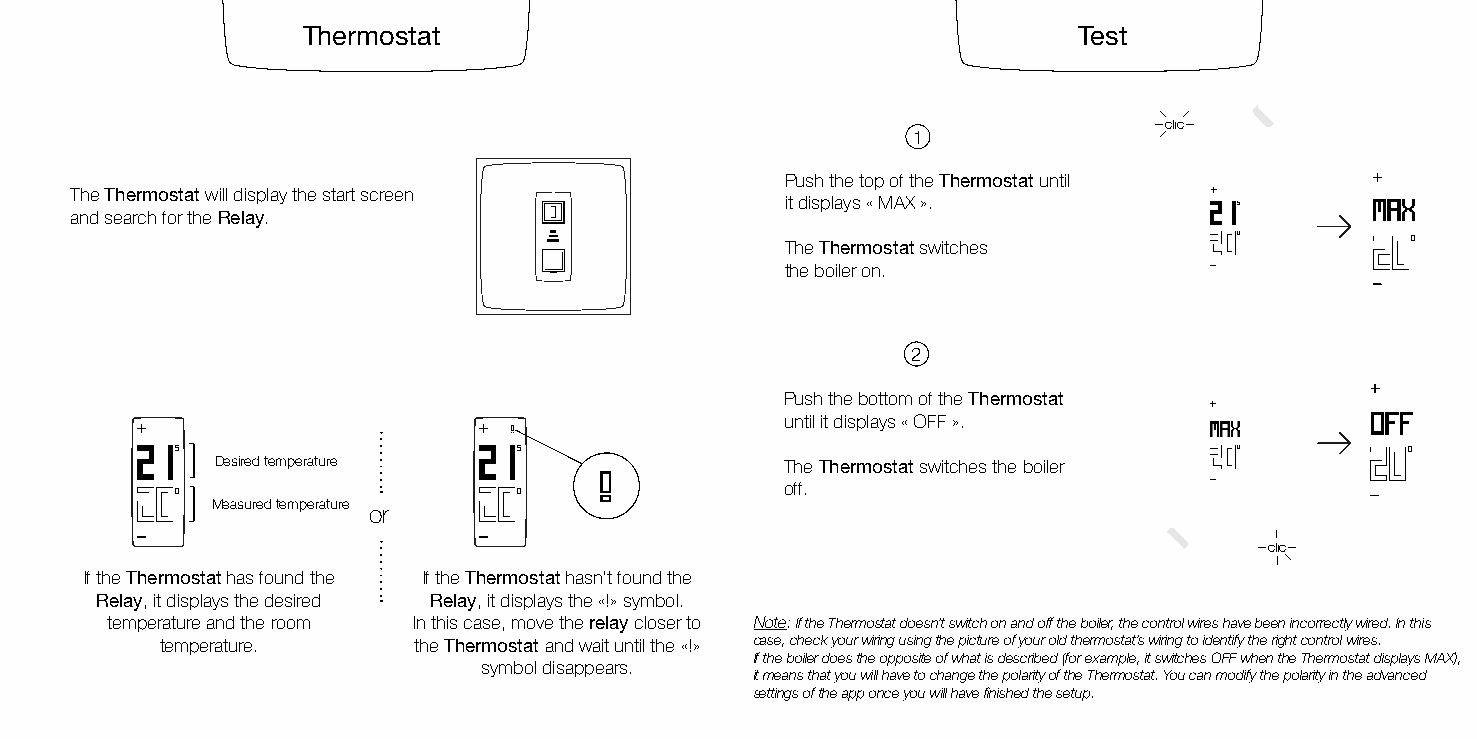
Thermostat                                         Test
 clic
 1
 Push the top of the Thermostat until   +
 The Thermostat will display the start screen                               +
 it displays « MAX ».        215
 and search for the Relay.
 200        200
 The Thermostat switches
 the boiler on.
 2
 +
 Push the bottom of the Thermostat
 +
 until it displays « OFF ».
 +                      +
 215                    215                                             200        200
 Desired temperature                   The Thermostat switches the boiler
 200                    200                 off.
 Measured temperature or
 clic
 If the Thermostat has found the If the Thermostat hasn’t found the
 Relay, it displays the desired Relay, it displays the «!» symbol.
 temperature and the room In this case, move the relay closer to Note: If the Thermostat doesn’t switch on and off the boiler, the control wires have been incorrectly wired. In this
 temperature.    the Thermostat and wait until the «!» case, check your wiring using the picture of your old thermostat’s wiring to identify the right control wires.
 If the boiler does the opposite of what is described (for example, it switches OFF when the Thermostat displays MAX),
 symbol disappears.
 it means that you will have to change the polarity of the Thermostat. You can modify the polarity in the advanced
 settings of the app once you will have finished the setup.